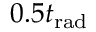
0 . 5 t _ { \mathrm { r a d } }